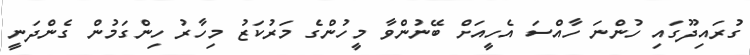
ގުރައިދޫގައި ހުންނަ ހާއްސަ އެހީއަށް ބޭނުންވާ މީހުންގެ މަރުކަޒު މިހާރު ހިންގަމުން ގެންދަނީ